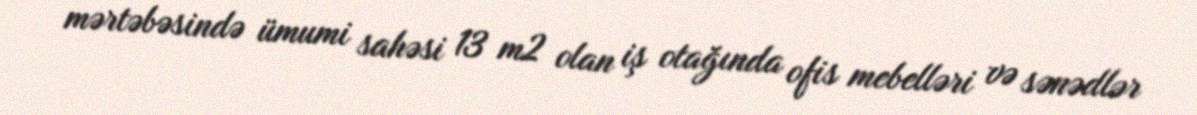
mərtəbəsində ümumi sahəsi 13 m2 olan iş otağında ofis mebelləri və sənədlər